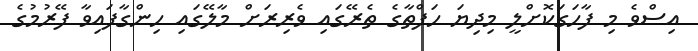
އިސްވެ މި ފާހަގަކޮށްލީ މިދިޔަ ހަފްތާގެ ތެރޭގައި ވެރިރަށް މާލޭގައި ހިންގާފައިވާ ފޭރުމުގެ